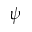
\psi